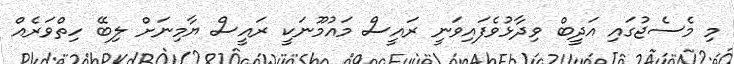
މި މެސެޖުގައި އަދީބް ވިދާޅުވެފައިވަނީ ރައީސް މައުމޫނަކީ ރައީސް ޔާމިނަށް ލިބޭ ހިތްވަރެއް